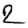
Digit: 2